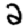
Digit: 2